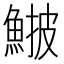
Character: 𩸉